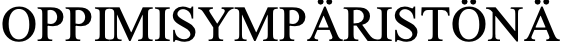
OPPIMISYMPÄRISTÖNÄ